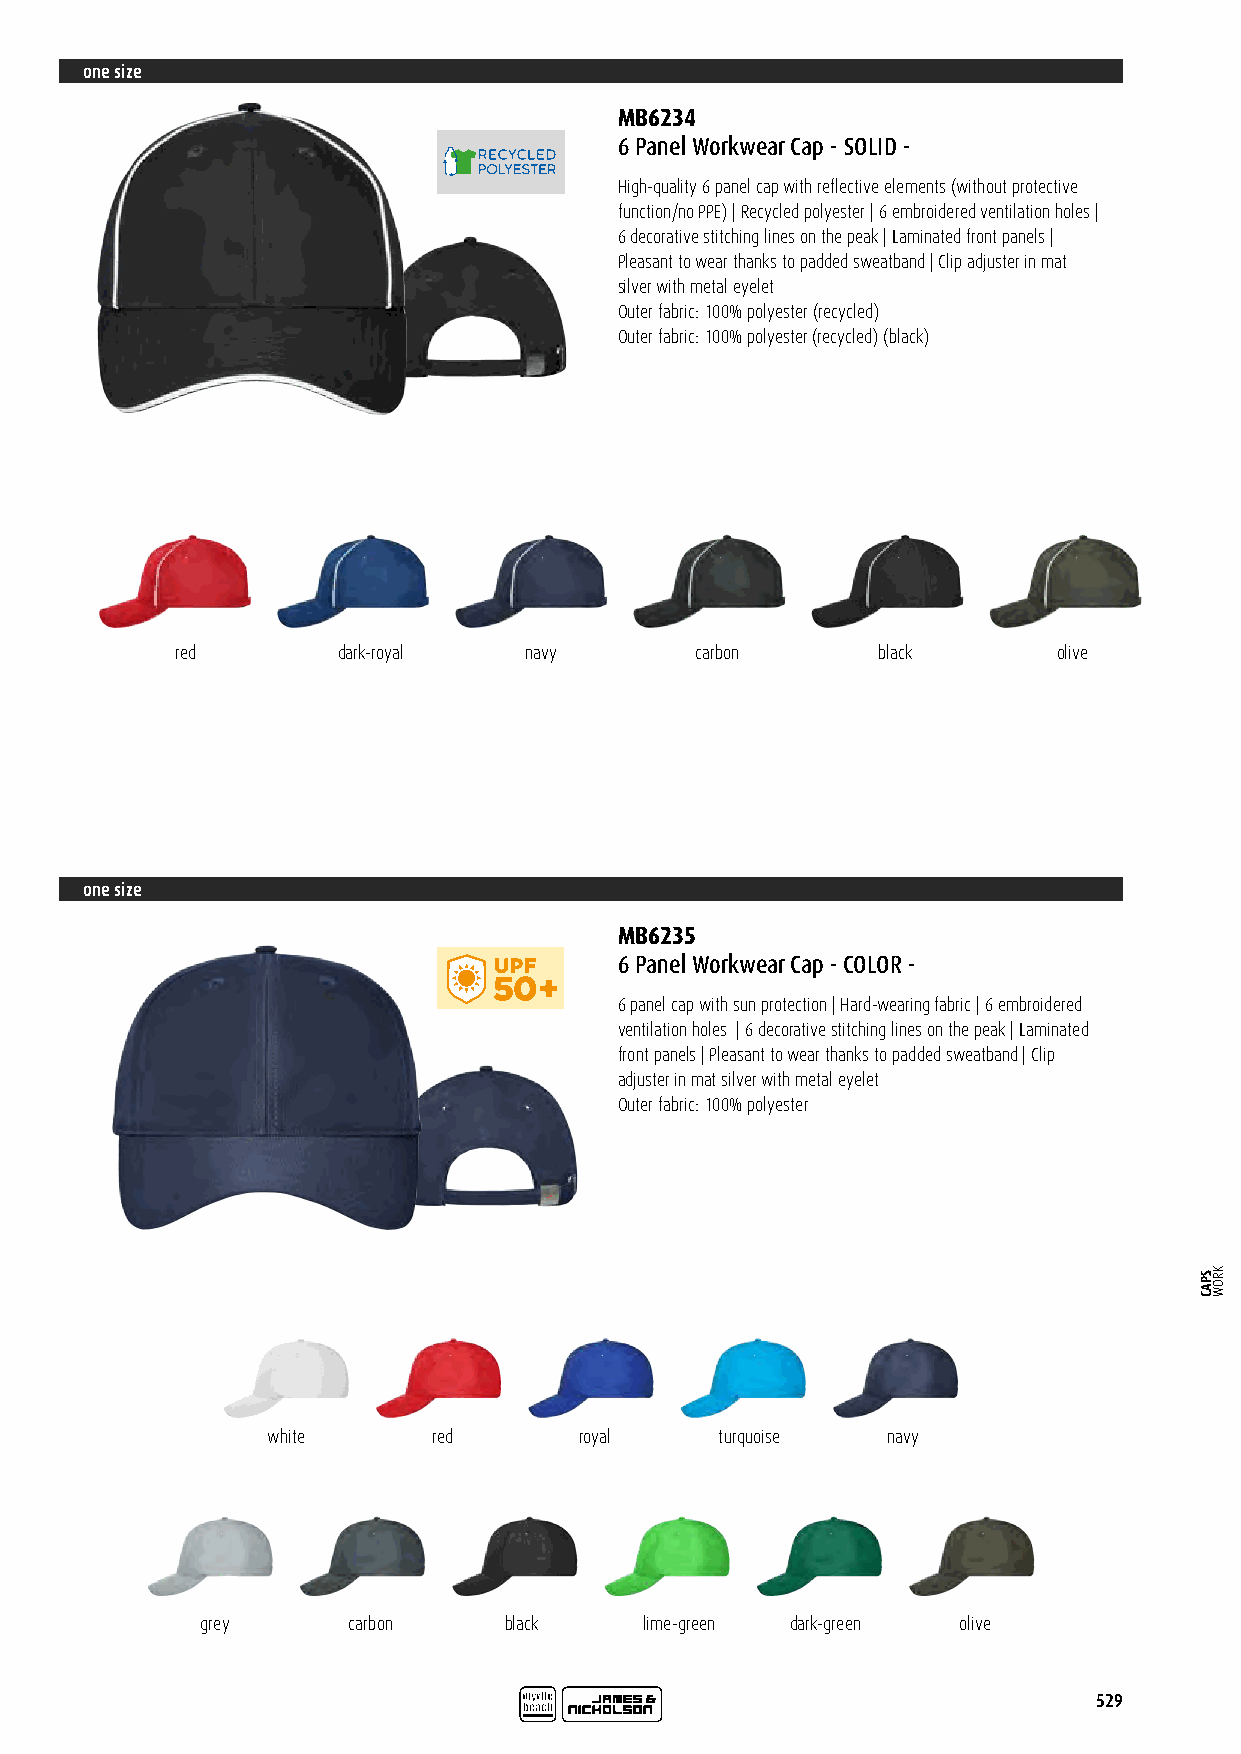
one size
 MB6234
 6 Panel Workwear Cap - SOLID -
 High-quality 6 panel cap with reflective elements (without protective
 function/no PPE) | Recycled polyester | 6 embroidered ventilation holes |
 6 decorative stitching lines on the peak | Laminated front panels |
 Pleasant to wear thanks to padded sweatband | Clip adjuster in mat
 silver with metal eyelet
 Outer fabric: 100% polyester (recycled)
 Outer fabric: 100% polyester (recycled) (black)
 red       dark-royal   navy       carbon      black       olive
 one size
 MB6235
 6 Panel Workwear Cap - COLOR -
 6 panel cap with sun protection | Hard-wearing fabric | 6 embroidered
 ID120866 ventilation holes | 6 decorative stitching lines on the peak | Laminated
 front panels | Pleasant to wear thanks to padded sweatband | Clip
 adjuster in mat silver with metal eyelet
 Outer fabric: 100% polyester
 white      red      royal     turquoise  navy
 grey      carbon    black     lime-green dark-green olive
 529
 SPAC KROW